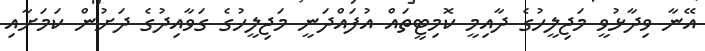
އޭނާ ވިދާޅުވީ މަޖިލީހުގެ ދާއިމީ ކޮމިޓީތައް އުފައްދަނީ މަޖިލީހުގެ ގަވާއިދުގެ ދަށުން ކަމަށާއި